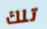
تلك